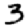
Digit: 3